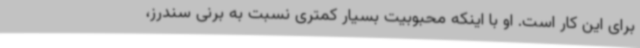
برای این کار است. او با اینکه محبوبیت بسیار کمتری نسبت به برنی سندرز،